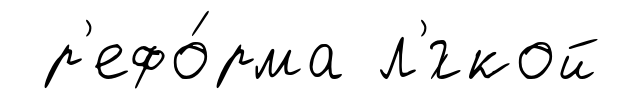
р'ефо́рма л'́гкой